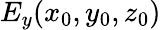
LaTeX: E_{y}(x_{0},y_{0},z_{0})